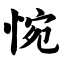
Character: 惋